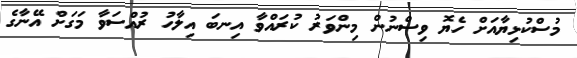
މުސްކުޅިޔާއަށް ހެޔޮ ވިސްނުން މިންވަރު ކުރައްވާ އިނބަ އިލާހު ރުއްސަވާ މަގަށް އޭނާގެ